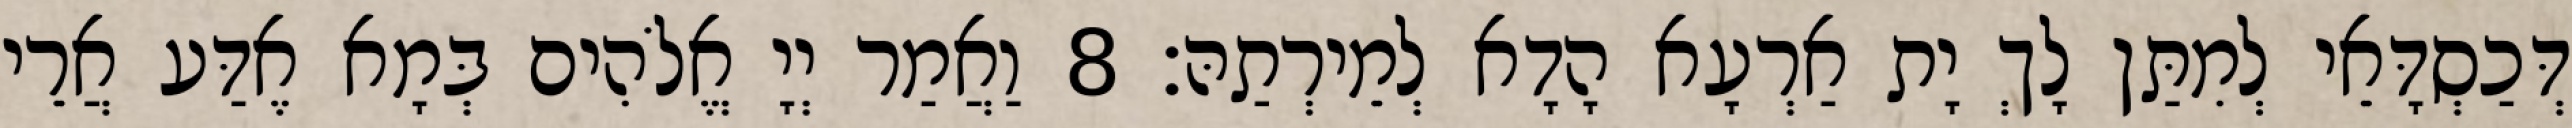
דְּכַסְדָּאֵי לְמִתַּן לָךְ יָת אַרְעָא הָדָא לְמֵירְתַהּ׃ 8 וַאֲמַר יְיָ אֱלֹהִים בְּמָא אֶדַּע אֲרֵי